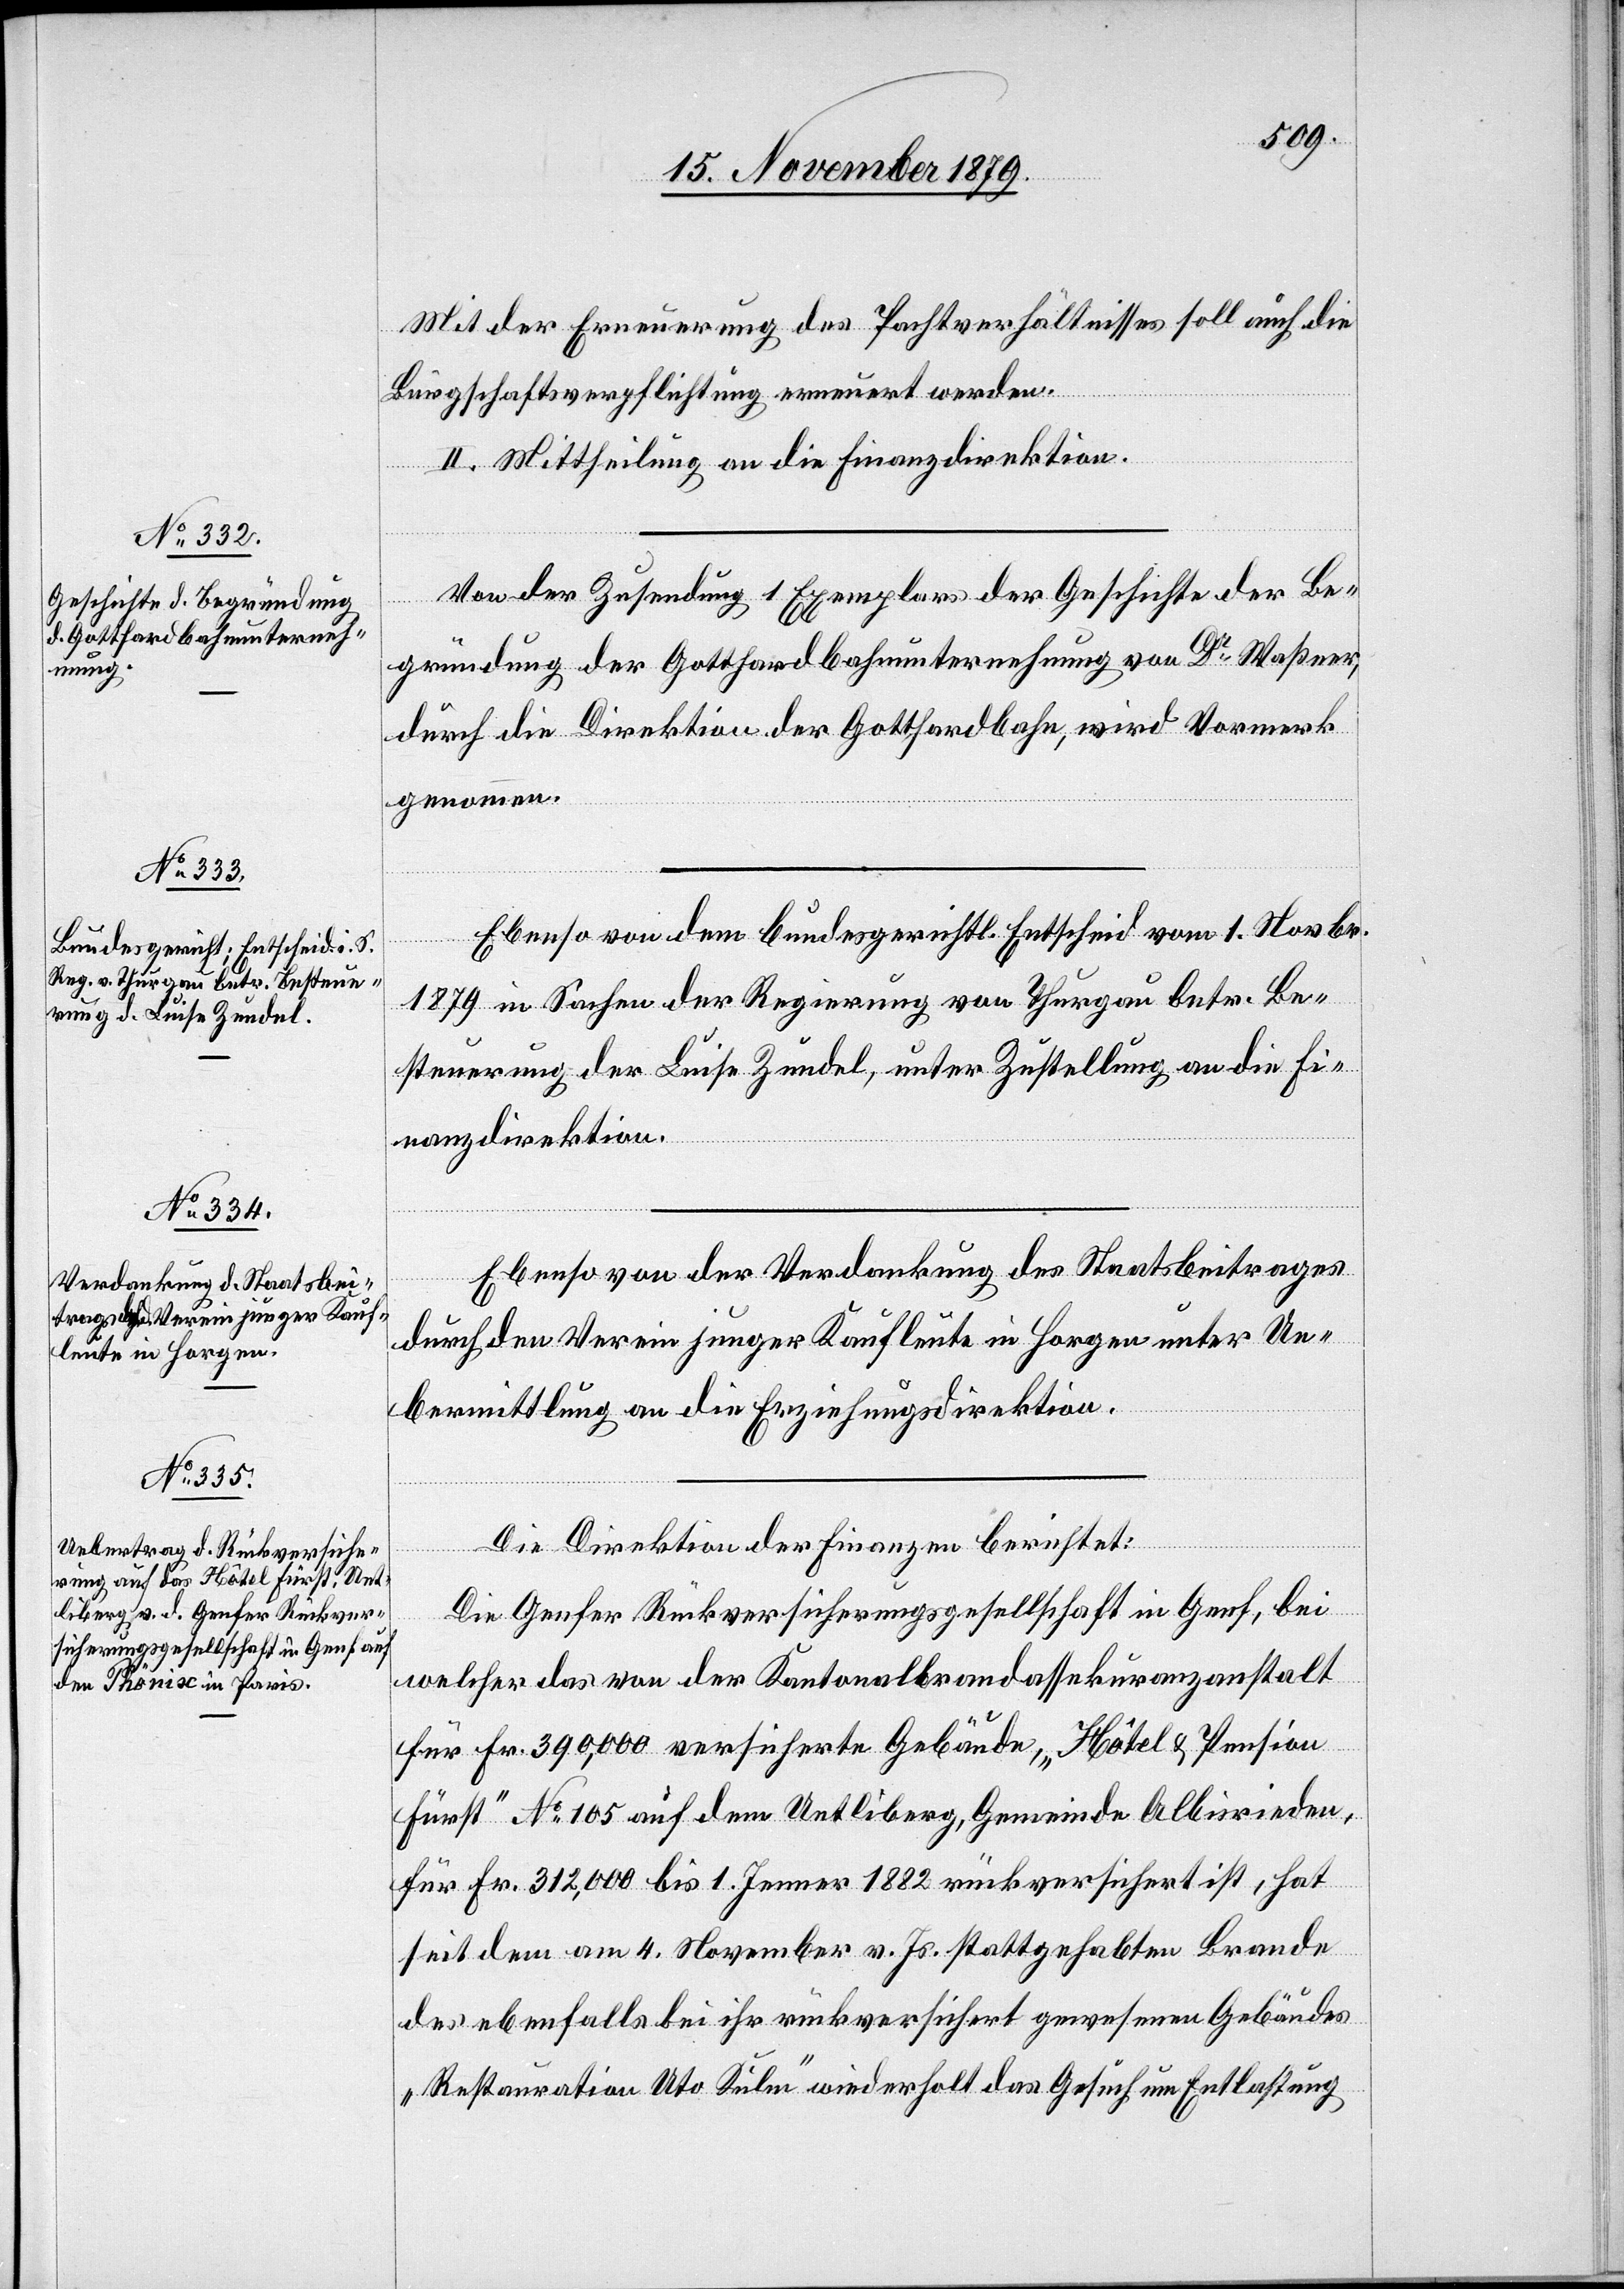
Mit der Erneuerung des Pachtverhältnisses soll auch die
Bürgschaftsverpflichtung erneuert werden.
II. Mittheilung an die Finanzdirektion.
Von der Zusendung 1 Exemplars der Geschichte der Be¬
gründung der Gotthardbahnunternehmung von Dr Waßner,
durch die Direktion der Gotthardbahn, wird Vormerk
genommen.
Ebenso von dem bundesgerichtl. Entscheid vom 1. Novbr.
etzung
1879 in Sachen der Regierung von Thurgau betr. Be¬
steuerung der Luise Zündel, unter Zustellung an die Fi¬
nanzdirektion.
Ebenso von der Verdankung des Staatsbeitrages
durch den Verein junger Kaufleute in Horgen unter Ue¬
bermittlung an die Erziehungsdirektion.
Die Direktion der Finanzen berichtet:
Die Genfer Rückversicherungsgesellschaft in Genf, bei
welcher das von der Kantonalbrandassekuranzanstalt
für Fr. 390,000 versicherte Gebäude, „Hôtel & Pension
Fürst“ No 105 auf dem Uetliberg, Gemeinde Albisrieden,
für Fr. 312,000 bis 1. Jenner 1882 rückversichert ist, hat
seit dem am 4. November v. Js. stattgehabten Brande
des ebenfalls bei ihr rückversichert gewesenen Gebäude
„Restauration Uto Kulm“ wiederholt das Gesuch um Entlassung